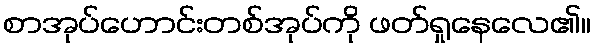
စာအုပ်ဟောင်းတစ်အုပ်ကို ဖတ်ရှုနေလေ၏။